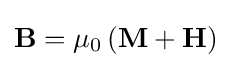
\mathbf {B} =\mu _{0}\left(\mathbf {M} +\mathbf {H} \right)